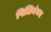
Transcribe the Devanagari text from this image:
पिलिबंगन